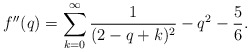
\begin{align*}f''(q) = \sum_{k=0}^\infty \frac{1}{(2-q+k)^2} -q^2 - \frac{5}{6}.\end{align*}